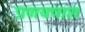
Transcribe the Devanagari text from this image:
प्रणयपाश